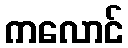
ကလောင်